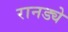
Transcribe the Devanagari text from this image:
रानड्ये